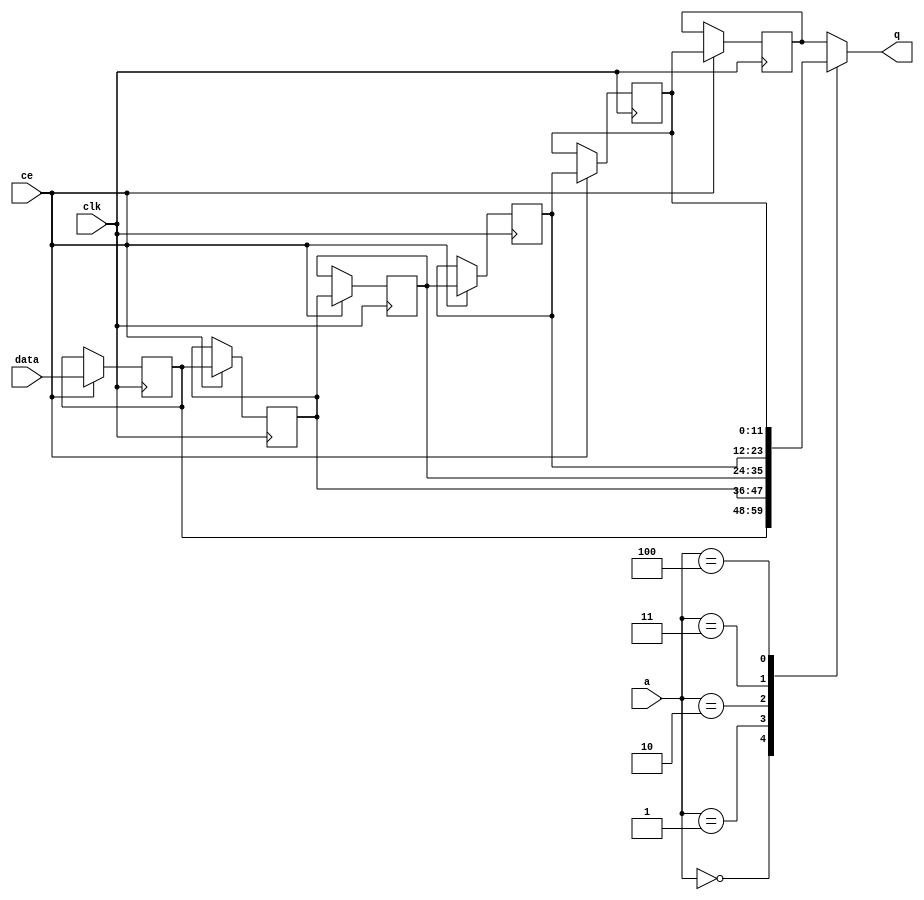
module td_fused_top_fifo_w12_d6_S_shiftReg (
    clk,
    data,
    ce,
    a,
    q);

parameter DATA_WIDTH = 32'd12;
parameter ADDR_WIDTH = 32'd3;
parameter DEPTH = 4'd6;

input clk;
input [DATA_WIDTH-1:0] data;
input ce;
input [ADDR_WIDTH-1:0] a;
output [DATA_WIDTH-1:0] q;

reg [DATA_WIDTH-1:0] sr_0, sr_1, sr_2, sr_3, sr_4, sr_5;
integer i;

always @ (posedge clk)
    begin
        if (ce)
        begin
         sr_5 <= sr_4;
         sr_4 <= sr_3;
         sr_3 <= sr_2;
         sr_2 <= sr_1;
         sr_1 <= sr_0;
         sr_0 <= data;
        end
    end

//assign q = SRL_SIG[a];
always @(sr_0, sr_1, sr_2, sr_3, sr_4, sr_5, a) begin
   case (a)
      3'd0: q = sr_0;
      3'd1: q = sr_1;
      3'd2: q = sr_2;
      3'd3: q = sr_3;
      3'd4: q = sr_4;
      3'd5: q = sr_5;
      default: q = sr_5;
   endcase
end

endmodule